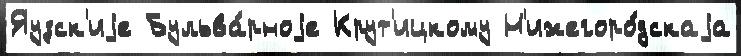
Яузск'иjе Бульва́рноjе Крут'ицкому Н'ижегоро́дскаjа